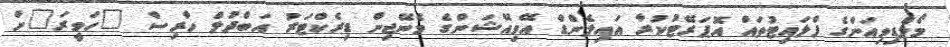
މޯލްޑިވިއަންގެ ފްލައިޓުތައް އޮޕަރޭޓުކުރާ އައިލެންޑް އޭވިއޭޝަންގެ މެނޭޖިން ޑިރެކްޓަރު އަބްދުލް ހާރިސް "ހަވީރަ"ށް